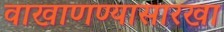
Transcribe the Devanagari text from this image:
वाखाणण्यासारखा